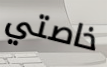
خاصتي